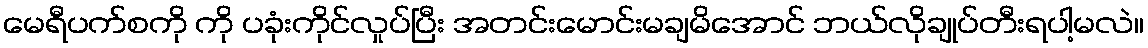
မေရီပက်စကို ကို ပခုံးကိုင်လှုပ်ပြီး အတင်းမောင်းမချမိအောင် ဘယ်လိုချုပ်တီးရပါ့မလဲ။